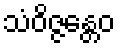
သံဝိဇ္ဇန္တေဝ